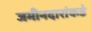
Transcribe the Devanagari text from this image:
जमीनदारांकडे